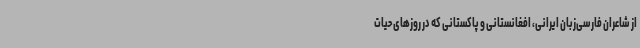
از شاعران فارسی‌زبان ایرانی، افغانستانی و پاکستانی که در روزهای حیات